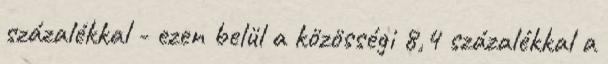
százalékkal - ezen belül a közösségi 8,4 százalékkal a